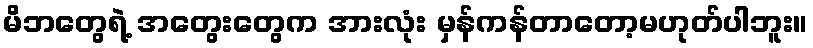
မိဘတွေရဲ့ အတွေးတွေက အားလုံး မှန်ကန်တာတော့မဟုတ်ပါဘူး။